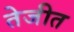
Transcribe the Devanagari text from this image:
तेजीत